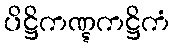
ပိဋ္ဌိကဏ္ဋကဋ္ဌိကံ